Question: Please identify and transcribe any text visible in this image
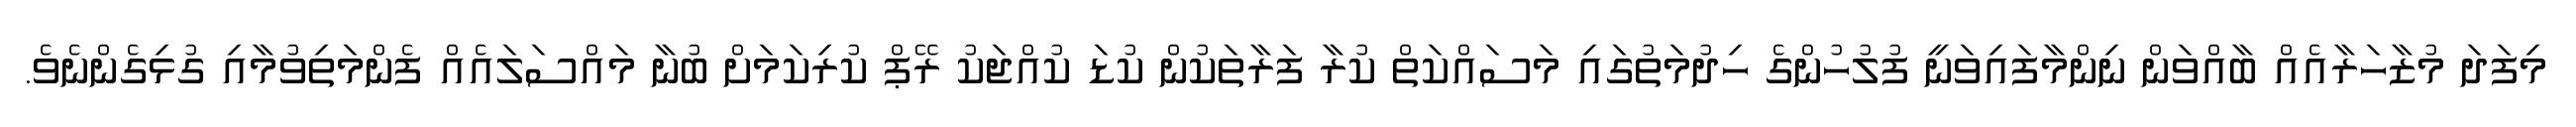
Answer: މިފަދަ މުޒާހަރާއެއް ބާއްވަން ނިންމާފައިވަނީ ފުލުހުންގެ ހިދުމަތުގައި މަސައްކަތް ކުރާ ފަރާތަކުން ކުޑަ ކުއްޖަކު ރޭޕް ކުރިކަމަށް ބުނާ މައްސަލައެއް ފެންމަތިވުމާއި ގުޅިގެންނެވެ.